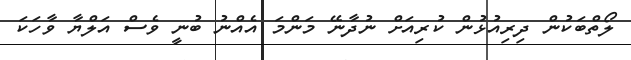
ލޯތްބަކުން ދިރިއުޅުން ކުރިއަށް ނުދާނޭ މަންމަ އެއްނު ބުނީ ވެސް އަލްޔާ ވާހަކަ